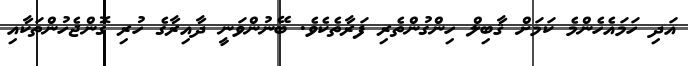
އަދި ހަމައެހެންމެ ކަމަށް ޤާބިލް ހިންގުންތެރި ފަރާތެކެވެ. ބޭނުންވަނީ ދާއިރާގެ ހުރި ގޮންޖެހުންތަކާއި